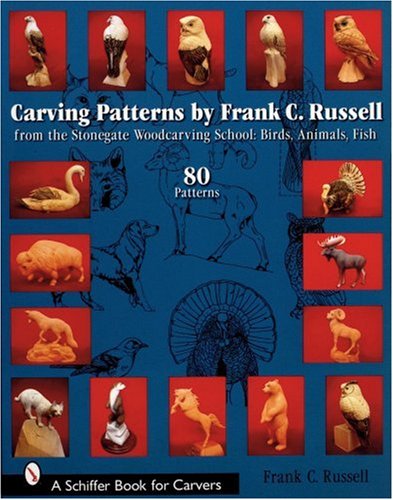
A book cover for Carving Patterns by Frank C. Russell: From the Stonegate Woodcarving School (Schiffer Book for Carvers); Frank C. Russell; Crafts, Hobbies & Home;